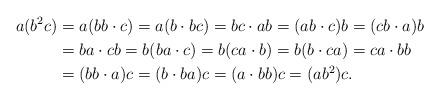
LaTeX: \begin{align*}a(b^{2}c) & =a(bb\cdot c)=a(b\cdot bc)=bc\cdot ab=(ab\cdot c)b=(cb\cdot a)b\\ & =ba\cdot cb=b(ba\cdot c)=b(ca\cdot b)=b(b\cdot ca)=ca\cdot bb\\ & =(bb\cdot a)c=(b\cdot ba)c=(a\cdot bb)c=(ab^{2})c.\end{align*}